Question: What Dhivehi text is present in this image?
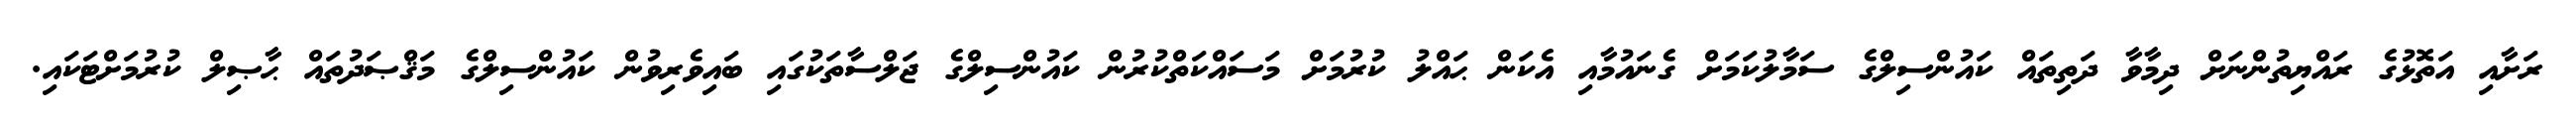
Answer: ރަށާއި އަތޮޅުގެ ރައްޔިތުންނަށް ދިމާވާ ދަތިތައް ކައުންސިލްގެ ސަމާލުކަމަށް ގެނައުމާއި އެކަން ޙައްލު ކުރުމަށް މަސައްކަތްކުރުން ކައުންސިލްގެ ޖަލްސާތަކުގައި ބައިވެރިވުން ކައުންސިލްގެ މަޤްޞަދުތައް ޙާޞިލް ކުރުމަށްޓަކައި.